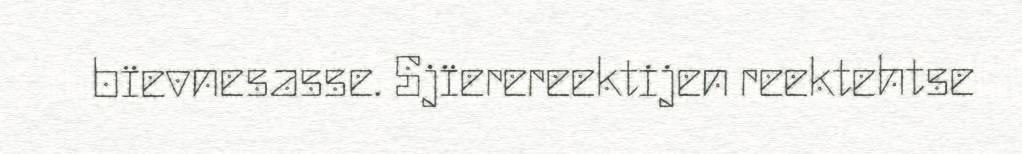
bïevnesasse. Sjïerereektijen reektehtse